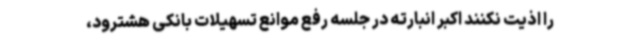
را اذیت نکنند اکبر انبارته در جلسه رفع موانع تسهیلات بانکی هشترود،